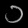
Digit: ၁